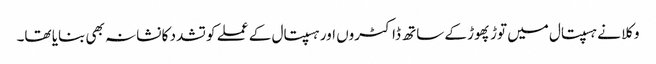
وکلا نے ہسپتال میں توڑ پھوڑ کے ساتھ ڈاکٹروں اور ہسپتال کے عملے کو تشدد کا نشانہ بھی بنایا تھا۔